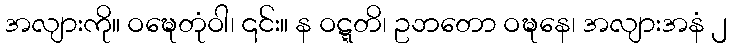
အလျားကို။ ဝဍ္ဎေတုံဝါ၊ ၎င်း။ န ဝဋ္ဋတိ၊ ဥဘတော ဝဍ္ဎနေ၊ အလျားအနံ ၂